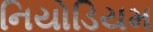
નિયોડિયમ